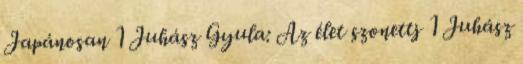
Japánosan 1 Juhász Gyula: Az élet szonettj 1 Juhász